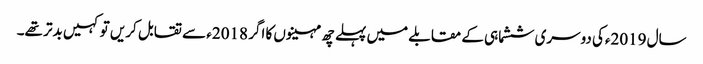
سال 2019ءکی دوسری ششماہی کے مقابلے میں پہلے چھ مہینوں کا اگر 2018ء سے تقابل کریں تو کہیں بدتر تھے۔